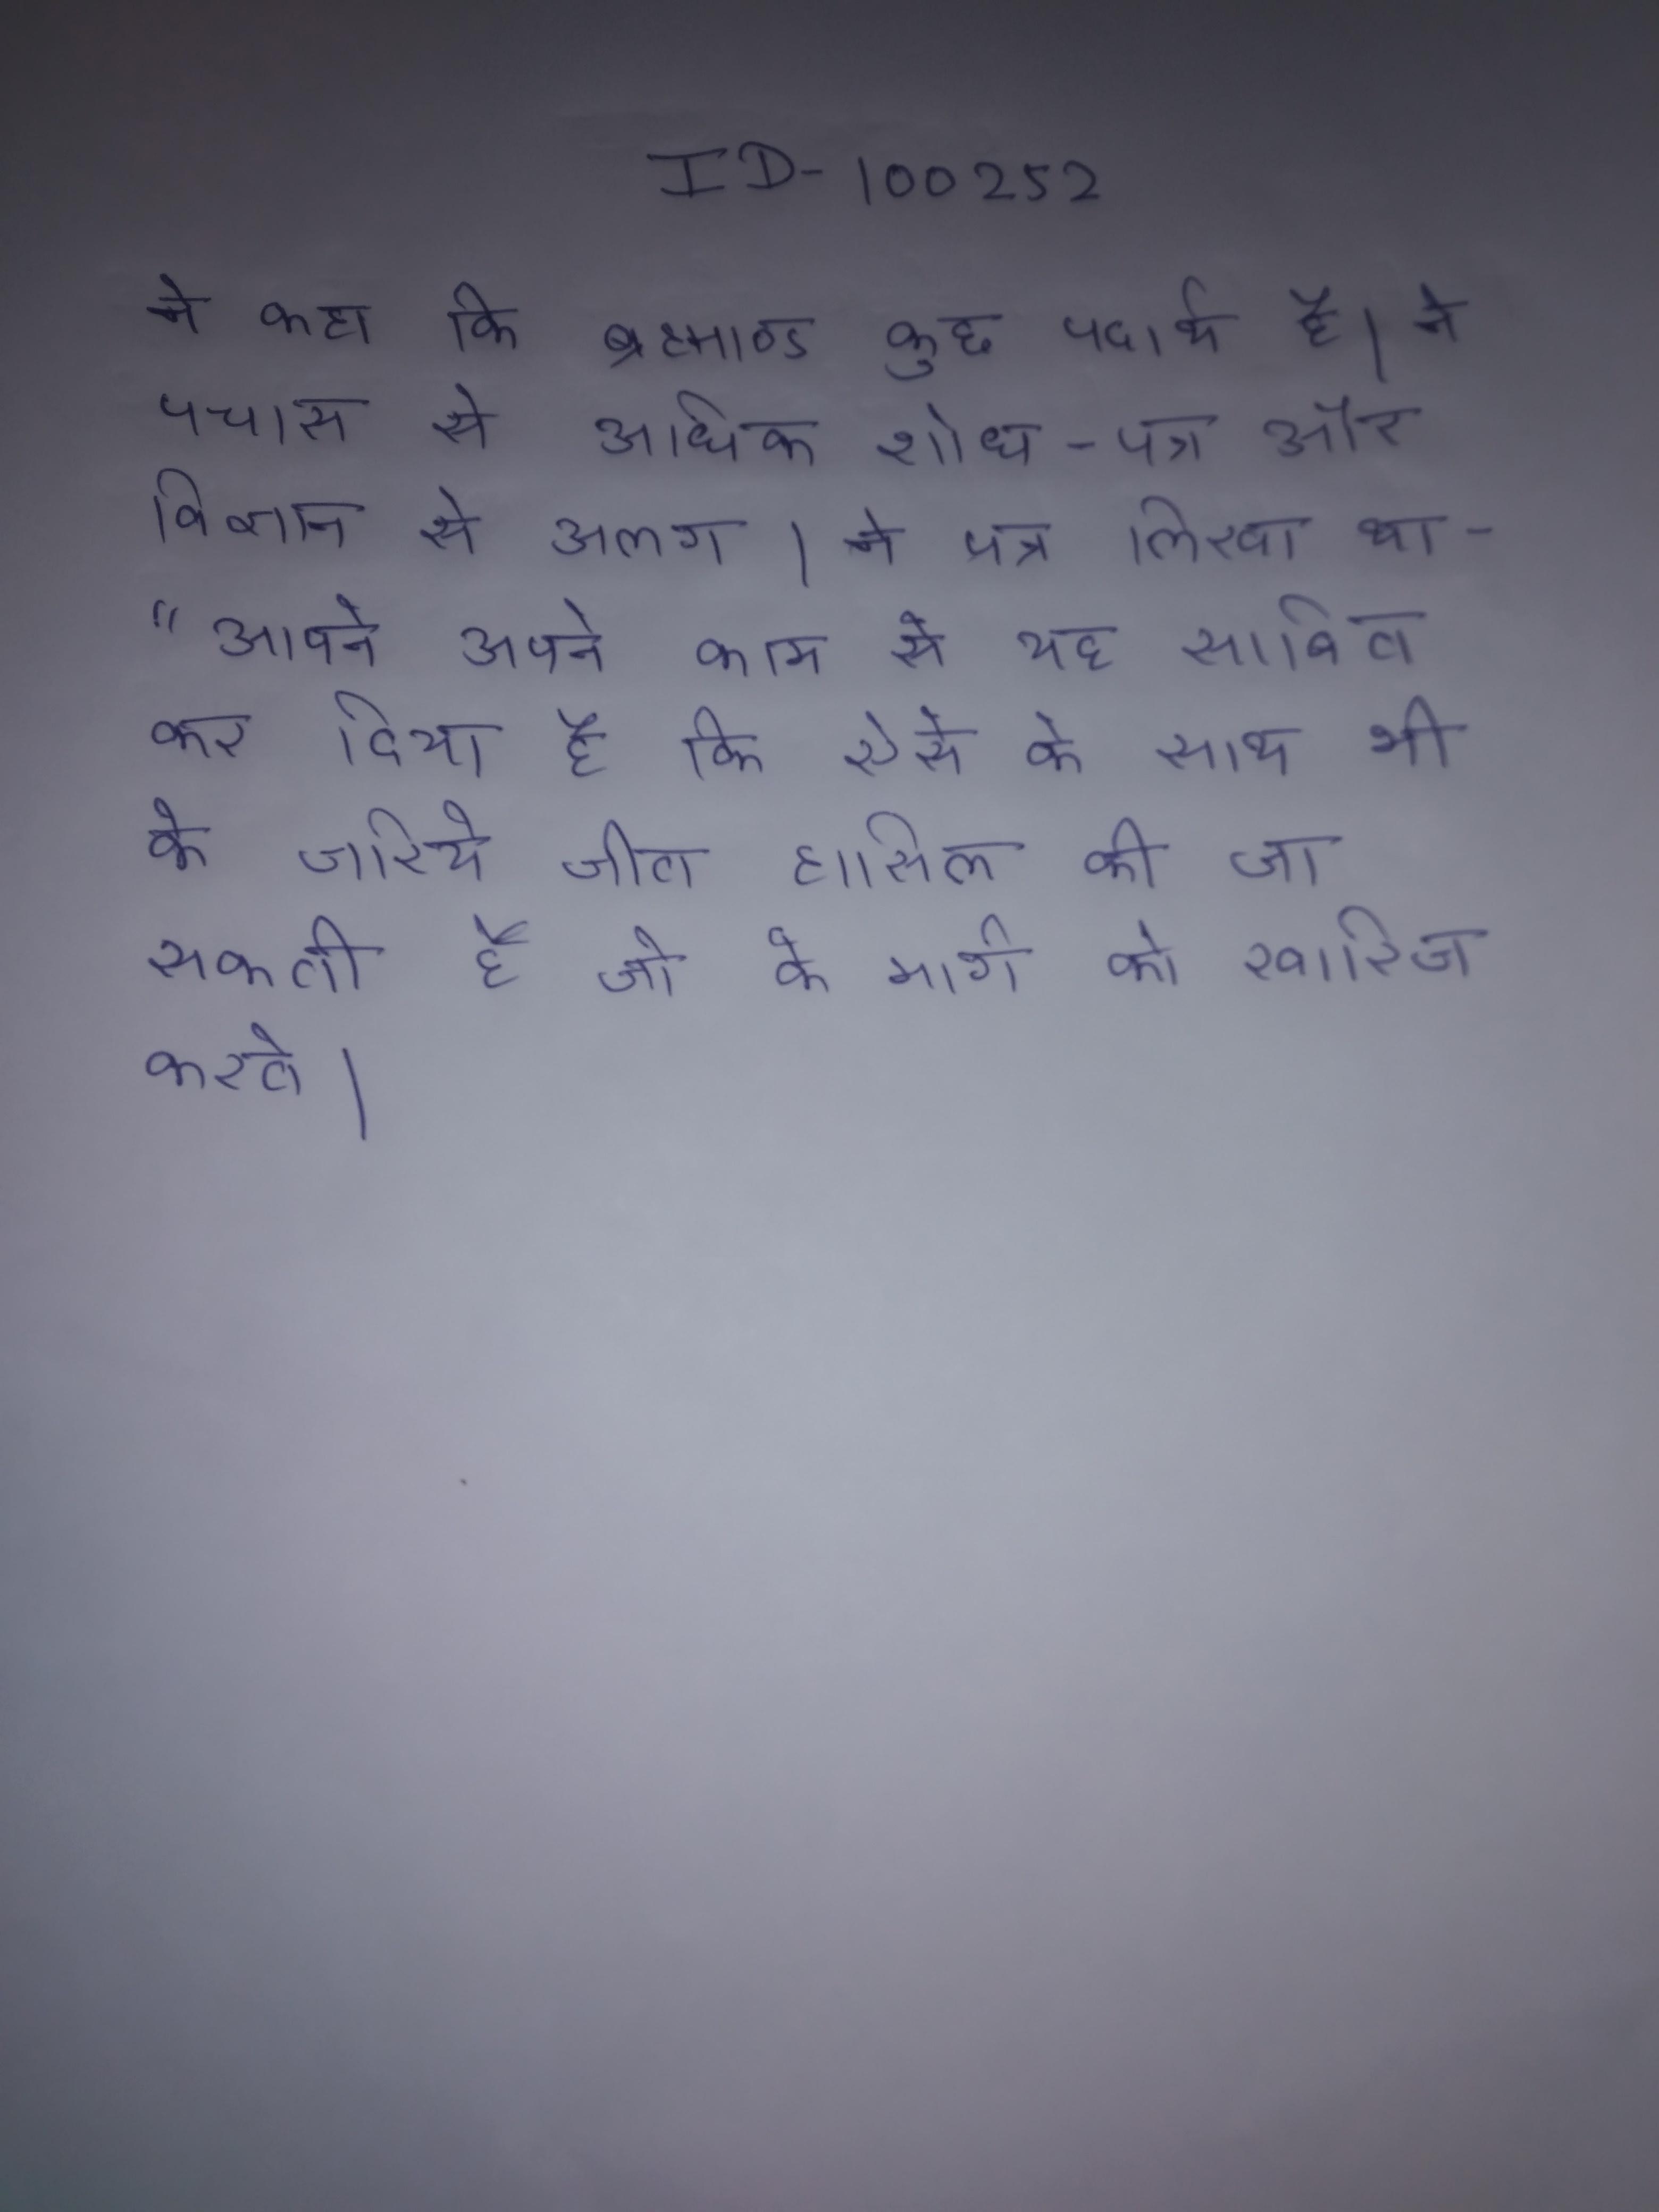
ने कहा कि ब्रह्माण्ड कुछ पदार्थ है । ने पचास से अधिक शोध-पत्र और विज्ञान से अलग । ने पत्र लिखा था-"आपने अपने काम से यह साबित कर दिया है कि ऐसे के साथ भी के जरिये जीत हासिल की जा सकती है जो के मार्ग को खारिज करते ।